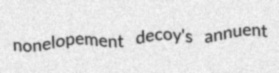
nonelopement decoy's annuent